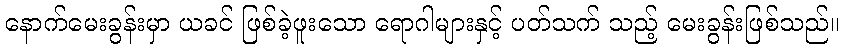
နောက်မေးခွန်းမှာ ယခင် ဖြစ်ခဲ့ဖူးသော ရောဂါများနှင့် ပတ်သက် သည့် မေးခွန်းဖြစ်သည်။